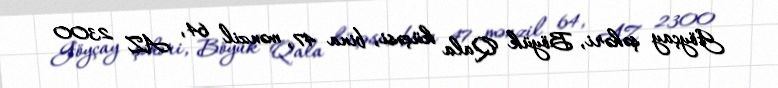
Göyçay şəhəri, Böyük Qala küçəsi, bina 47, mənzil 64, AZ 2300